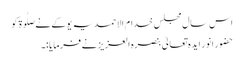
اس سال مجلس خدام الاحمدیہ یوکے نےصلٰوۃ کو
حضور انور ایدہ تعالیٰ بنصرہ العزیز نے فرمایا :۔